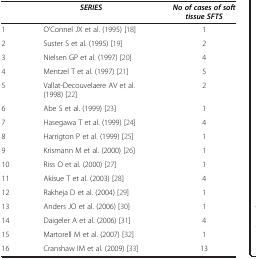
<table><thead><tr><td><b> </b></td><td><b><i>SERIES</i></b></td><td><b><i>No of cases of soft tissue SFTS</i></b></td></tr></thead><tbody><tr><td>1</td><td>O’Connel JX et al. (1995) [18]</td><td>1</td></tr><tr><td>2</td><td>Suster S et al. (1995) [19]</td><td>2</td></tr><tr><td>3</td><td>Nielsen GP et al. (1997) [20]</td><td>4</td></tr><tr><td>4</td><td>Mentzel T et al. (1997) [21]</td><td>5</td></tr><tr><td>5</td><td>Vallat-Decouvelaere AV et al. (1998) [22]</td><td>2</td></tr><tr><td>6</td><td>Abe S et al. (1999) [23]</td><td>1</td></tr><tr><td>7</td><td>Hasegawa T et al. (1999) [24]</td><td>4</td></tr><tr><td>8</td><td>Harrigton P et al. (1999) [25]</td><td>1</td></tr><tr><td>9</td><td>Krismann M et al. (2000) [26]</td><td>1</td></tr><tr><td>10</td><td>Riss O et al. (2000) [27]</td><td>1</td></tr><tr><td>11</td><td>Akisue T et al. (2003) [28]</td><td>4</td></tr><tr><td>12</td><td>Rakheja D et al. (2004) [29]</td><td>1</td></tr><tr><td>13</td><td>Anders JO et al. (2006) [30]</td><td>1</td></tr><tr><td>14</td><td>Daigeler A et al. (2006) [31]</td><td>4</td></tr><tr><td>15</td><td>Martorell M et al. (2007) [32]</td><td>1</td></tr><tr><td>16</td><td>Cranshaw IM et al. (2009) [33]</td><td>13</td></tr></tbody></table>